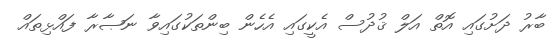
ބާރު ދަށުގައި އޮތް އަލް ޤުދުސް އެކީގައި އެހެން ބިންތަކުގައިވާ ނަޞާރާ ފައްޅިތައް